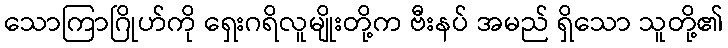
သောကြာဂြိုဟ်ကို ရှေးဂရိလူမျိုးတို့က ဗီးနပ် အမည် ရှိသော သူတို့၏